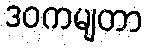
ဒဝကမျတာ